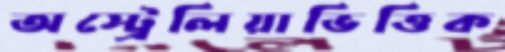
অস্ট্রেলিয়াভিত্তিক